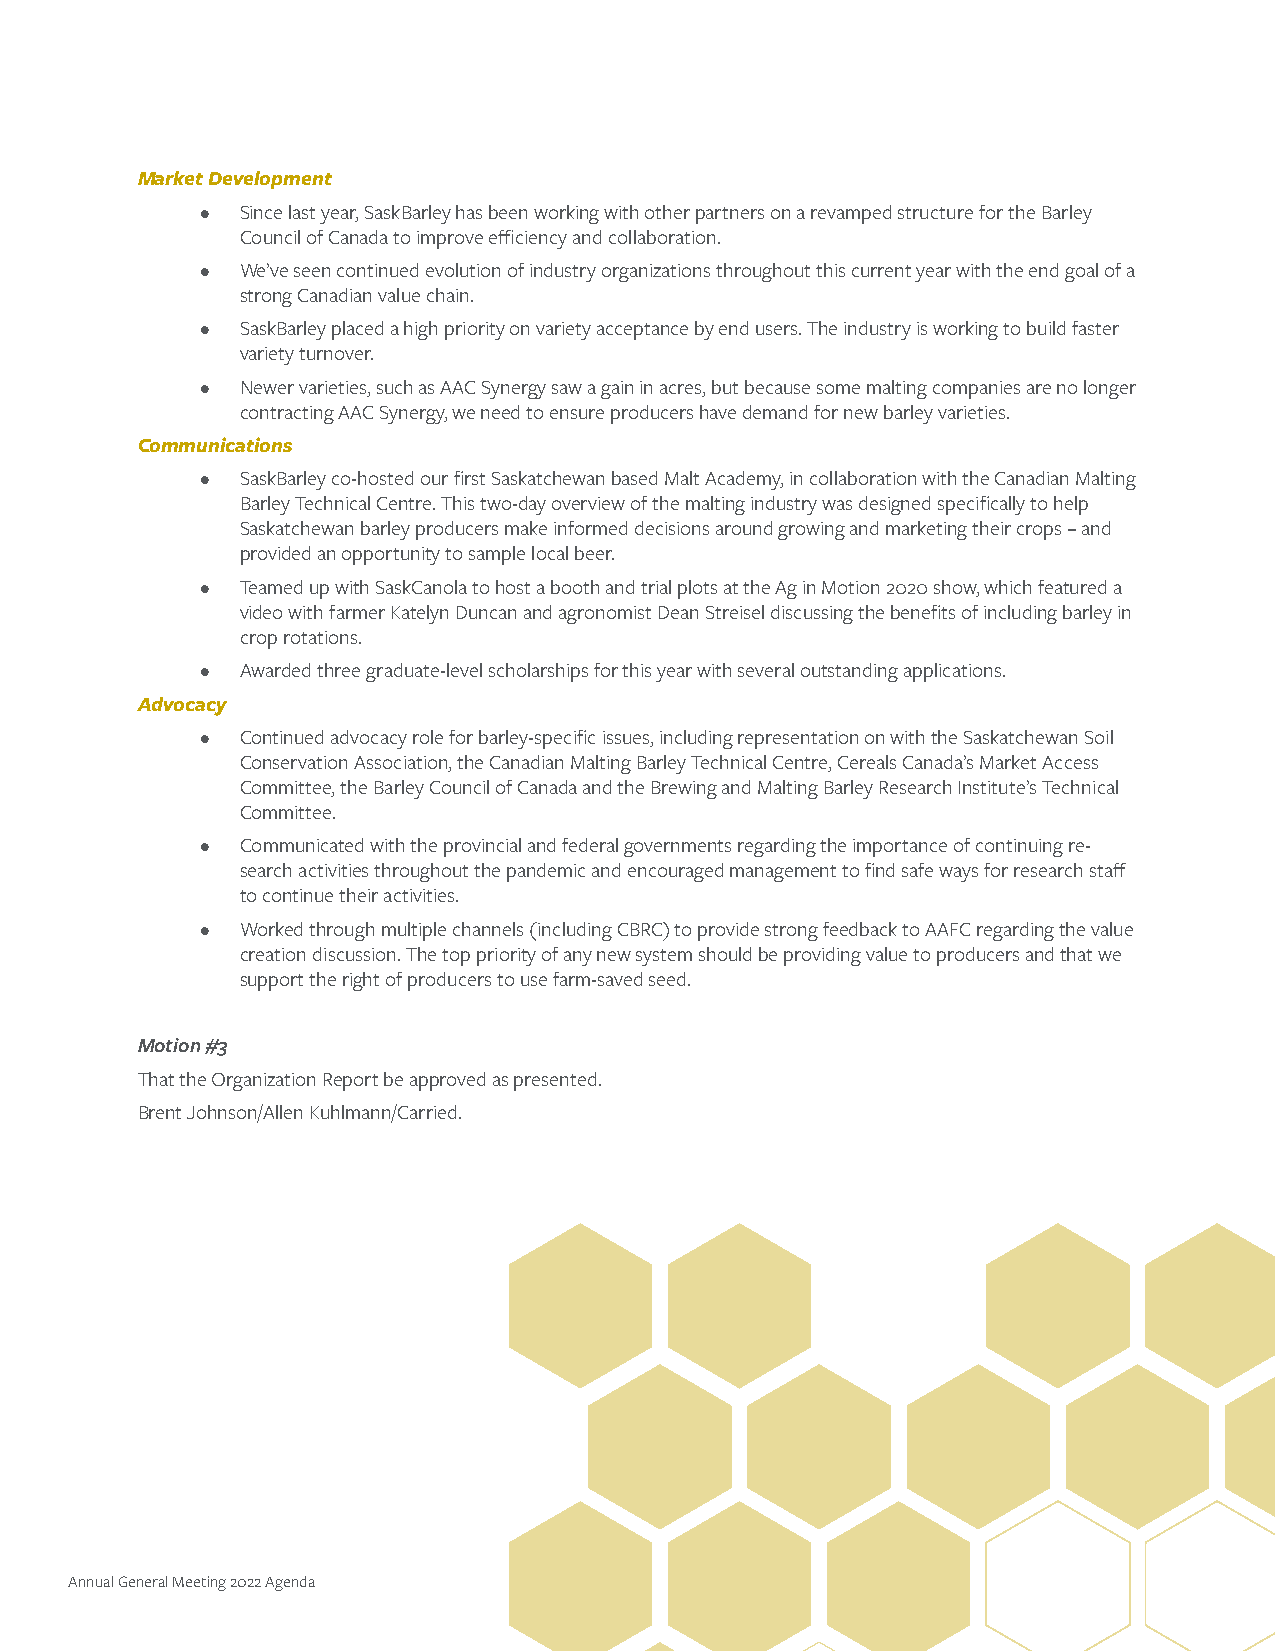
Market Development
 •  Since last year, SaskBarley has been working with other partners on a revamped structure for the Barley
 Council of Canada to improve efficiency and collaboration.
 •  We’ve seen continued evolution of industry organizations throughout this current year with the end goal of a
 strong Canadian value chain.
 •  SaskBarley placed a high priority on variety acceptance by end users. The industry is working to build faster
 variety turnover.
 •  Newer varieties, such as AAC Synergy saw a gain in acres, but because some malting companies are no longer
 contracting AAC Synergy, we need to ensure producers have demand for new barley varieties.
 Communications
 •  SaskBarley co-hosted our first Saskatchewan based Malt Academy, in collaboration with the Canadian Malting
 Barley Technical Centre. This two-day overview of the malting industry was designed specifically to help
 Saskatchewan barley producers make informed decisions around growing and marketing their crops – and
 provided an opportunity to sample local beer.
 •  Teamed up with SaskCanola to host a booth and trial plots at the Ag in Motion 2020 show, which featured a
 video with farmer Katelyn Duncan and agronomist Dean Streisel discussing the benefits of including barley in
 crop rotations.
 •  Awarded three graduate-level scholarships for this year with several outstanding applications.
 Advocacy
 •  Continued advocacy role for barley-specific issues, including representation on with the Saskatchewan Soil
 Conservation Association, the Canadian Malting Barley Technical Centre, Cereals Canada’s Market Access
 Committee, the Barley Council of Canada and the Brewing and Malting Barley Research Institute’s Technical
 Committee.
 •  Communicated with the provincial and federal governments regarding the importance of continuing re-
 search activities throughout the pandemic and encouraged management to find safe ways for research staff
 to continue their activities.
 •  Worked through multiple channels (including CBRC) to provide strong feedback to AAFC regarding the value
 creation discussion. The top priority of any new system should be providing value to producers and that we
 support the right of producers to use farm-saved seed.
 Motion #3
 That the Organization Report be approved as presented.
 Brent Johnson/Allen Kuhlmann/Carried.
 Annual General Meeting 2022 Agenda